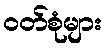
ဝတ်စုံများ